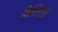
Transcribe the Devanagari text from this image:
विर्सिंगपुर